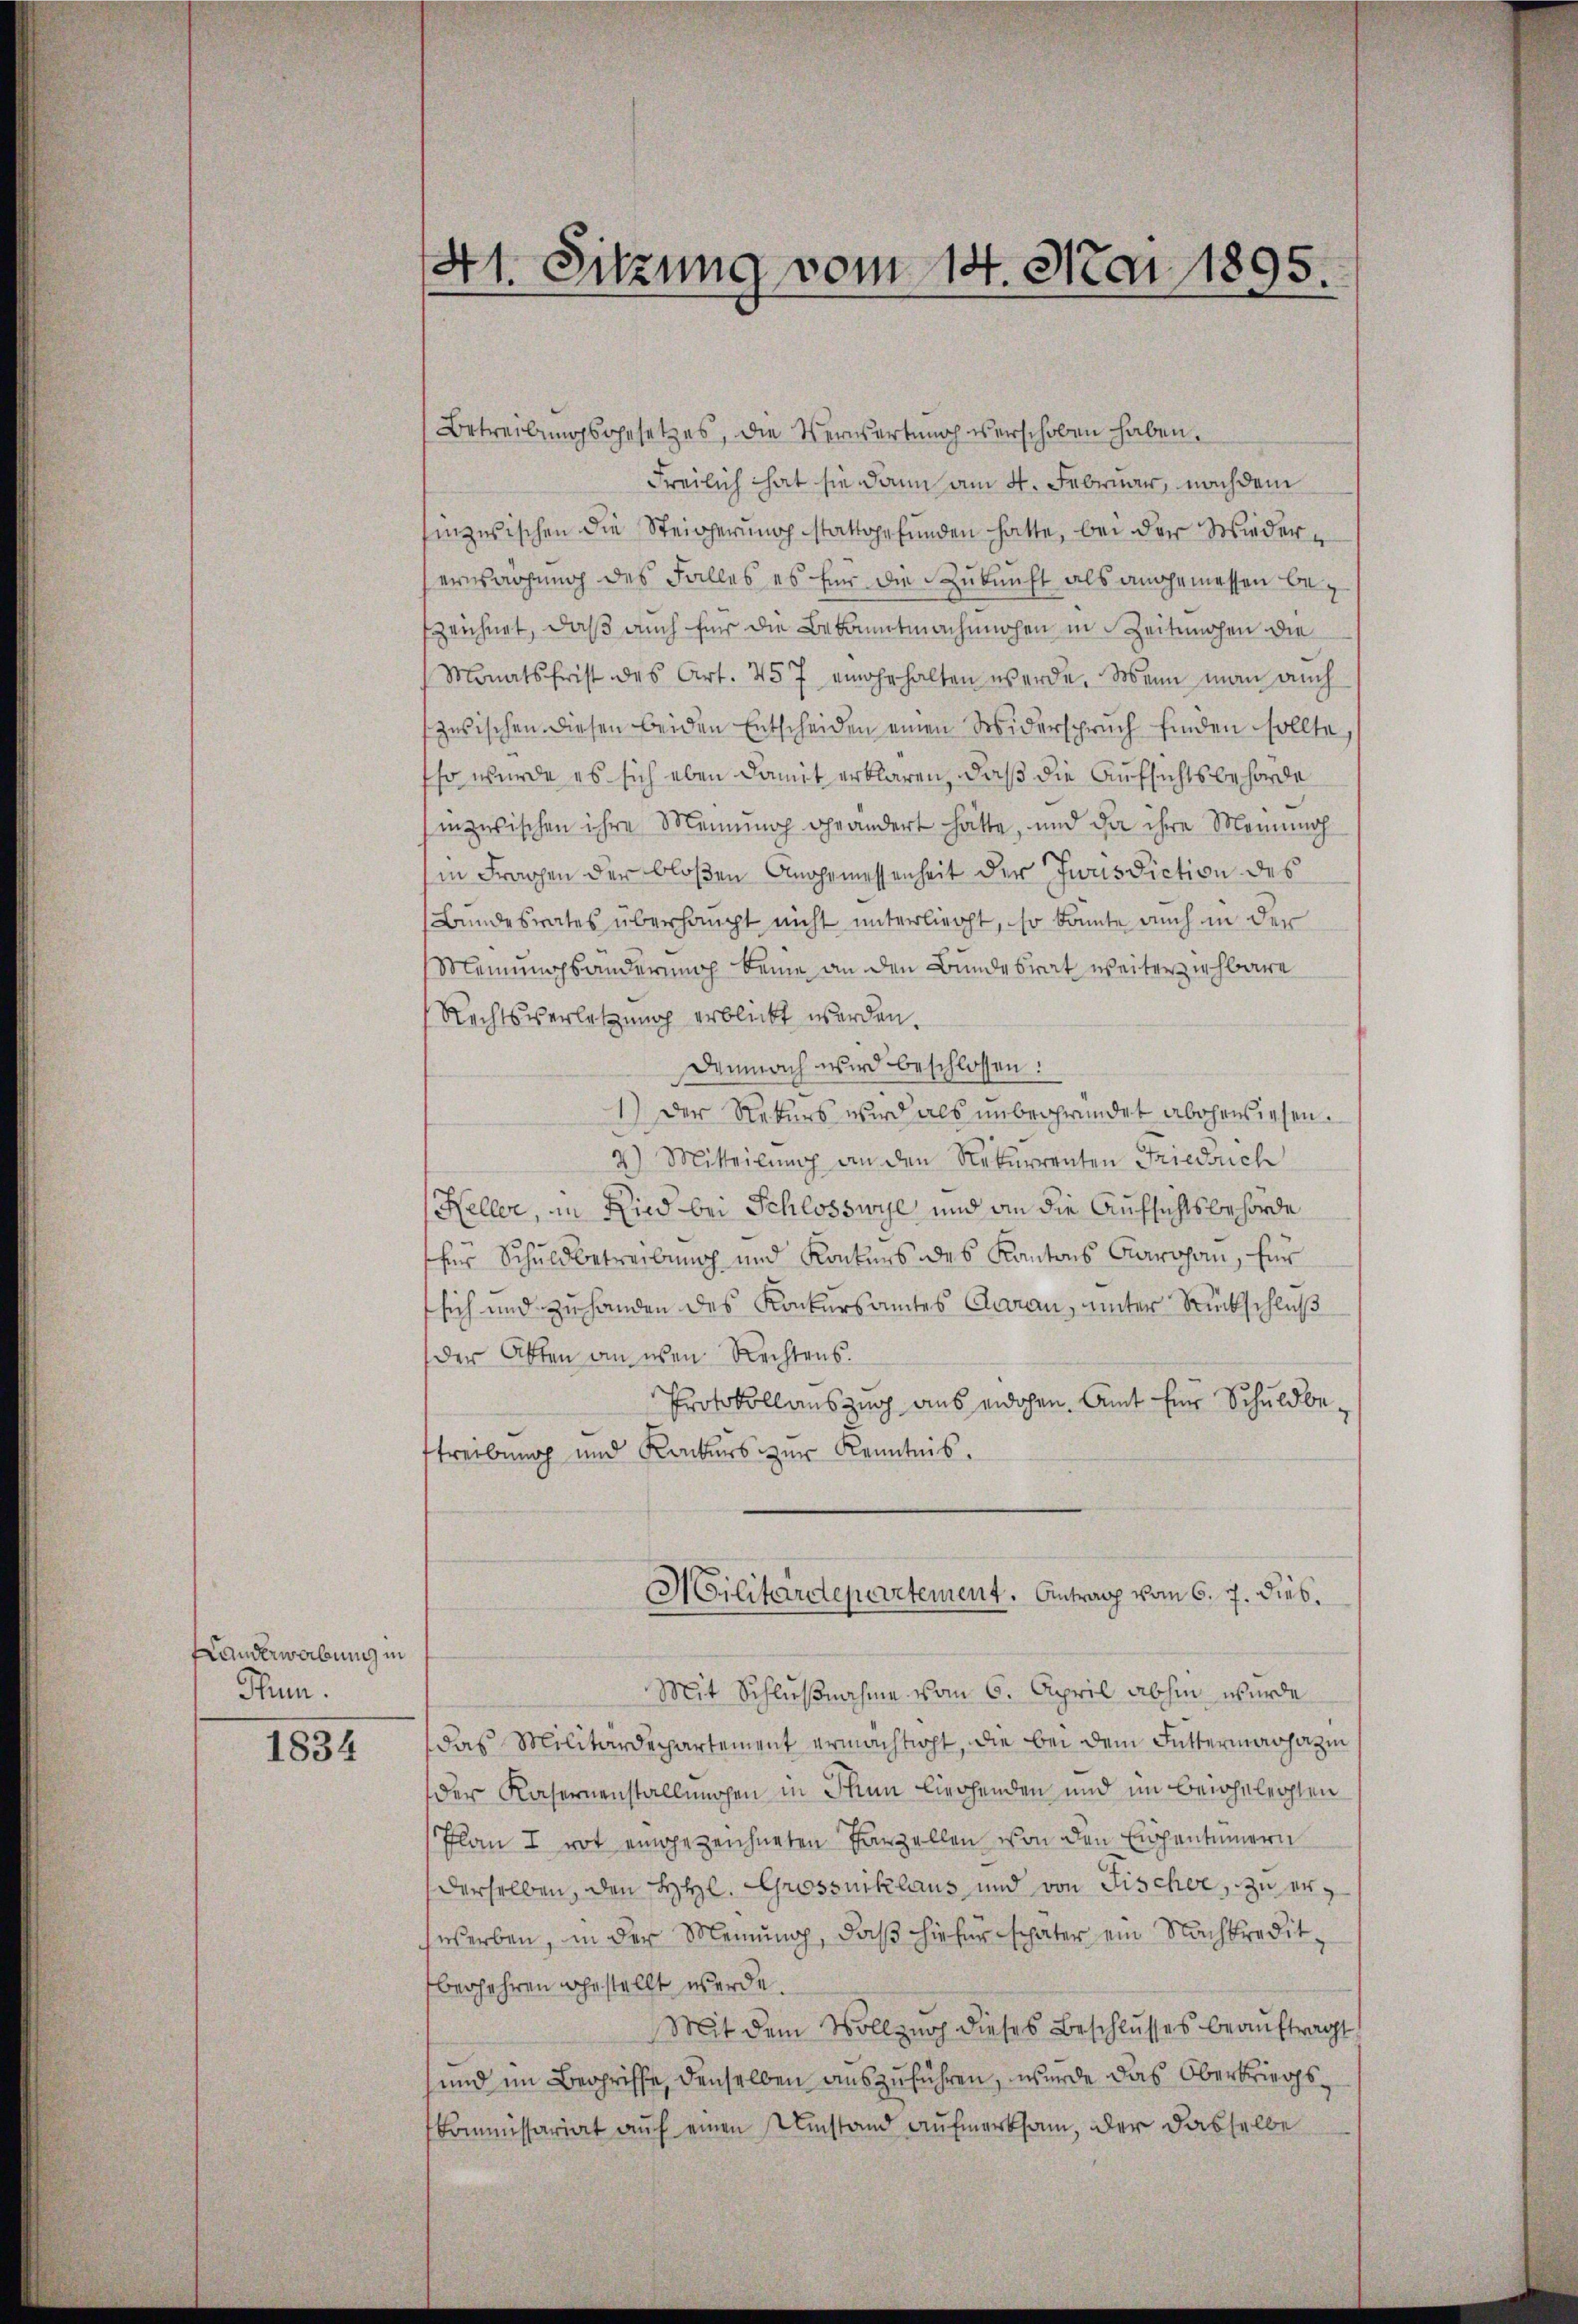
Handerwerbung in
Ptun.

1834

41. Sitzung vom 14. Mai 1895.

Betreibungsgesetzes, die Verwartung verschoben haben.
Freilich hat sie dann am 4. Februar, nachdem
inzwischen die Steigerung stattgefunden hatte, bei der Wiedererwachung des Falles es für die Zukunft als angemessen befzeichnet, daß auch für die Bekanntmachenchen in Zeitungen die
Monatsfrist des Art. 457 eingehalten werde. Wenn man auch
zusischen diesen beiden Entscheiden einen Widerspruch finden sollte,
so wurde es sich eben damit erklären, daß die Aufsichtsbehörde
inzwischen ihre Meinung geändert hätte, und da ihre Meinmah
in Fragen der bloßen Angemessenheit der Jurisdiction des
Bundesrates überhaupt nicht unterliegt, so konnte auch in der
Meinungsänderung keine an den Bundesrat weiterziehbare
Rechtsverletzung erblickt werden.
Demnach wird beschlossen:
1.) Der Rekurs wird als unbegründet aberwiesen.
2) Mitteilung an den Rekurrenten Friedrich
Keller, in Ried bei Schlosswyl und an die Aufsichtsbehörde
für Schuldbetreibung und Konters des Kantons Carohan, für
sich und zuhanden des Konkursamtes Garan, unter Rückschluß
der Akten an eben Rechtens.
Protokollauszug aus eidchen. Amt für Schuldbetreibung und Konkurs zur Kenntnis.
Militärdepartement. Antrag vom 6. 7. dieb.
Mit Schlußnahme vom 6. April abhin wurde
das Militärdepartement ermachtigt, die bei dem Futtermarhazin
der Kasernenstallungen in Thun liechenden und im Beigelegten
Plan I rot eingezeichneten Parzellen von den Eigentümern
derselben, den HHl. Grossniklaus und von Fischer, zu erwerben, in der Meinung, daß hiefür später ein Nachkredit,
berfahren gestellt werde.
Mit dem Vollzug dieses Beschlusses beauftragt,
und im Begriffe, denselben auszuführen, wurde das Oberkriegs¬
Commissariat auf einen Umstand aufmerksam, der dasselbe